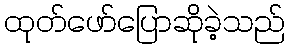
ထုတ်ဖော်ပြောဆိုခဲ့သည်